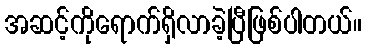
အဆင့်ကိုရောက်ရှိလာခဲ့ပြီဖြစ်ပါတယ်။